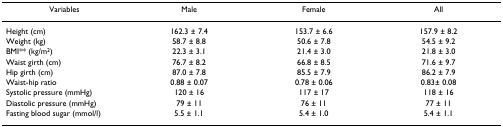
<table><thead><tr><td><b>Variables</b></td><td><b>Male</b></td><td><b>Female</b></td><td><b>All</b></td></tr></thead><tbody><tr><td>Height (cm)</td><td>162.3 ± 7.4</td><td>153.7 ± 6.6</td><td>157.9 ± 8.2</td></tr><tr><td>Weight (kg)</td><td>58.7 ± 8.8</td><td>50.6 ± 7.8</td><td>54.5 ± 9.2</td></tr><tr><td>BMI** (kg/m<sup>2</sup>)</td><td>22.3 ± 3.1</td><td>21.4 ± 3.0</td><td>21.8 ± 3.0</td></tr><tr><td>Waist girth (cm)</td><td>76.7 ± 8.2</td><td>66.8 ± 8.5</td><td>71.6 ± 9.7</td></tr><tr><td>Hip girth (cm)</td><td>87.0 ± 7.8</td><td>85.5 ± 7.9</td><td>86.2 ± 7.9</td></tr><tr><td>Waist-hip ratio</td><td>0.88 ± 0.07</td><td>0.78 ± 0.06</td><td>0.83± 0.08</td></tr><tr><td>Systolic pressure (mmHg)</td><td>120 ± 16</td><td>117 ± 17</td><td>118 ± 16</td></tr><tr><td>Diastolic pressure (mmHg)</td><td>79 ± 11</td><td>76 ± 11</td><td>77 ± 11</td></tr><tr><td>Fasting blood sugar (mmol/l)</td><td>5.5 ± 1.1</td><td>5.4 ± 1.0</td><td>5.4 ± 1.1</td></tr></tbody></table>